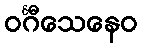
ဝင်္ဂီသေနေဝ